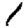
Digit: 1